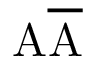
\mathrm A \overline { { \mathrm A } }